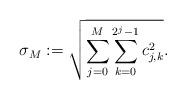
LaTeX: \begin{align*} \sigma_{M} := \sqrt{\sum_{j=0}^{M}\sum_{k=0}^{2^{j}-1}c_{j,k}^{2}}.\end{align*}